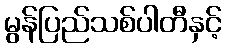
မွန်ပြည်သစ်ပါတီနှင့်